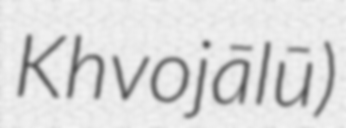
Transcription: Khvojālū)